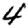
Digit: 4